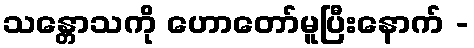
သန္တောသကို ဟောတော်မူပြီးနောက် -